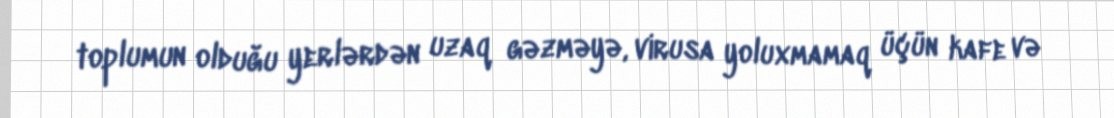
toplumun olduğu yerlərdən uzaq gəzməyə, virusa yoluxmamaq üçün kafe və